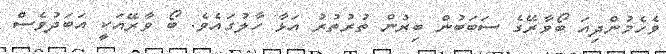
ވެހެމުންދިއަ ބޯވާރޭގެ ސަބަބުން ބިރުން ތުރުތުރު އަޅާ ހާލުގައެވެ. ބޯ ވާރޭއަކީ އަބަދުވެސް